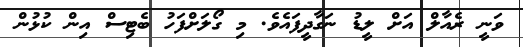
ވަނީ ރެއާލް އަށް ލީޑު ނަގާދީފައެވެ. މި ގޯލަށްފަހު ބެޓިސް އިން ކުޅުން